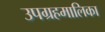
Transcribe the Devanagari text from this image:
उपग्रहमालिका